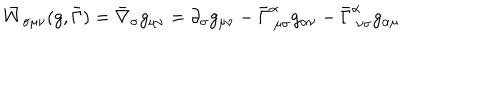
LaTeX: \bar { W } _ { \sigma \mu \nu } ( g , \bar { \Gamma } ) = \bar { \nabla } _ { \sigma } g _ { \mu \nu } = \partial _ { \sigma } g _ { \mu \nu } - \bar { \Gamma } _ { ~ \mu \sigma } ^ { \alpha } g _ { \alpha \nu } - \bar { \Gamma } _ { ~ \nu \sigma } ^ { \alpha } g _ { \alpha \mu }